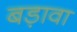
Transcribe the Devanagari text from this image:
बड़ावा